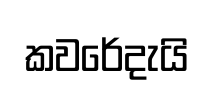
කවරේදැයි